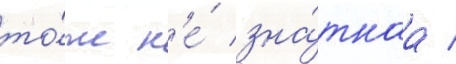
то́же н'е́ зна́тнаа /